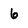
Character: 6